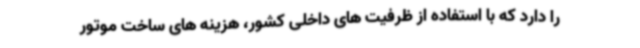
را دارد که با استفاده از ظرفیت های داخلی کشور، هزینه های ساخت موتور